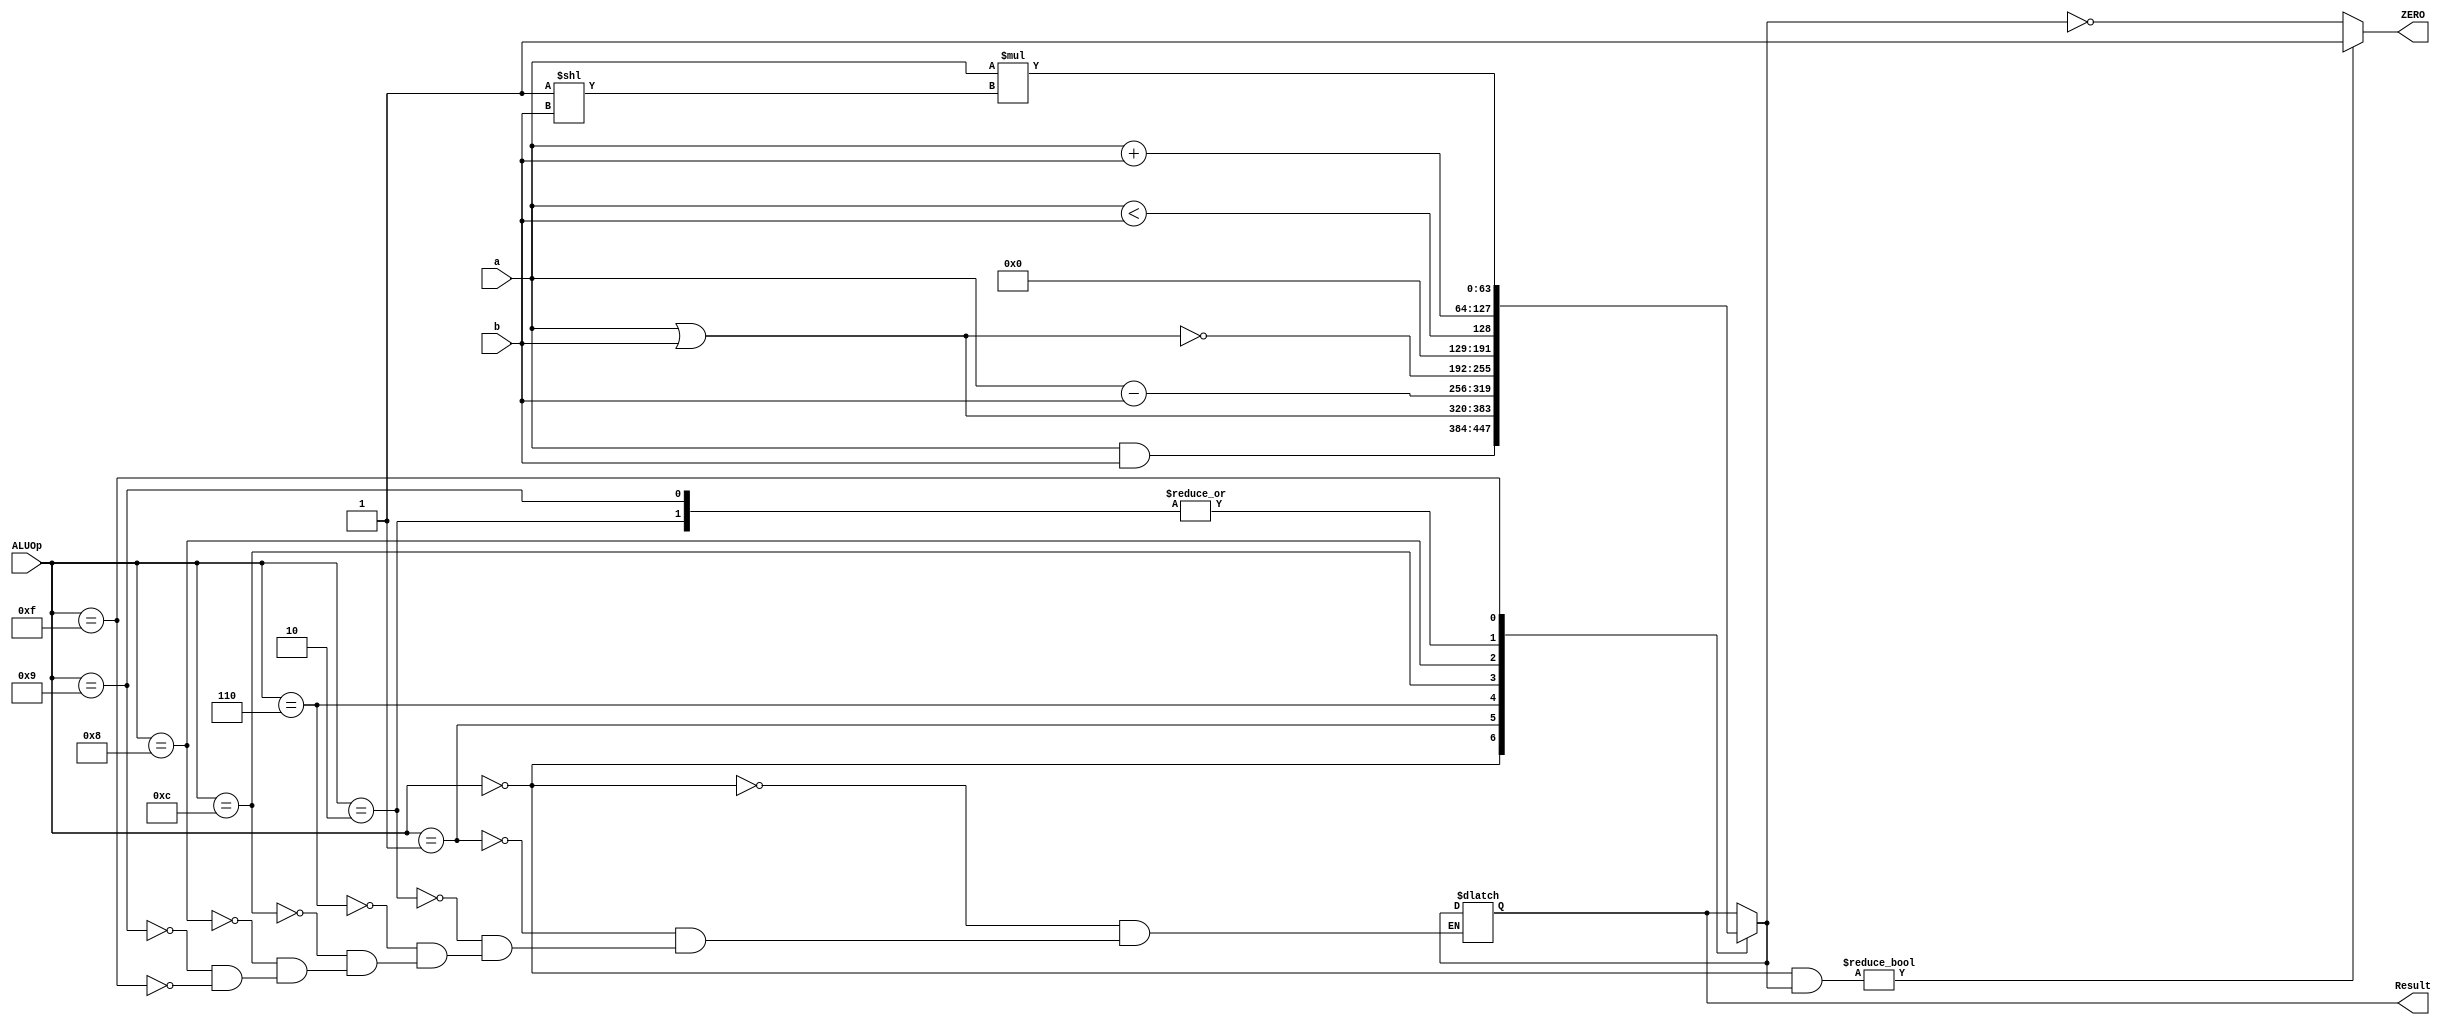
`timescale 1ns / 1ps
module ALU_64_bit
(
	input [63:0]a, b,
	input [3:0] ALUOp,
	
	output reg [63:0] Result,
	output reg ZERO
);

wire BLT = 4'b1000; 

always @ (*)
begin
	case (ALUOp)
		4'b0000: Result = a & b; // AND
		4'b0001: Result = a | b; // OR
		4'b0010: Result = a + b; // ADD
		4'b0110: Result = a - b; // SUB
		4'b1100: Result = ~(a | b); // NOR
		4'b1000: Result = a < b; // BLT
		4'b1001: Result =  a + b; // ADDI
		4'b1111: Result = a * (2'd2**b); // SLLI
//		default: Result = 0;
	endcase
	
	if (ALUOp == BLT & Result) ZERO = 1;
	else ZERO = (Result == 0);
end

endmodule